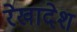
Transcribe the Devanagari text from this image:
रेखादेश